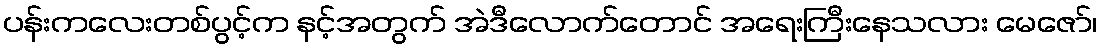
ပန်းကလေးတစ်ပွင့်က နင့်အတွက် အဲဒီလောက်တောင် အရေးကြီးနေသလား မေဇော်၊